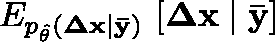
\mathbb { E } _ { p _ { \hat { \theta } } ( \mathbf { \Delta x } \mid \mathbf { \bar { y } } ) } \, \left[ \mathbf { \Delta x } \mid \mathbf { \bar { y } } \right]